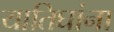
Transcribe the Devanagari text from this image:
यातिघांना